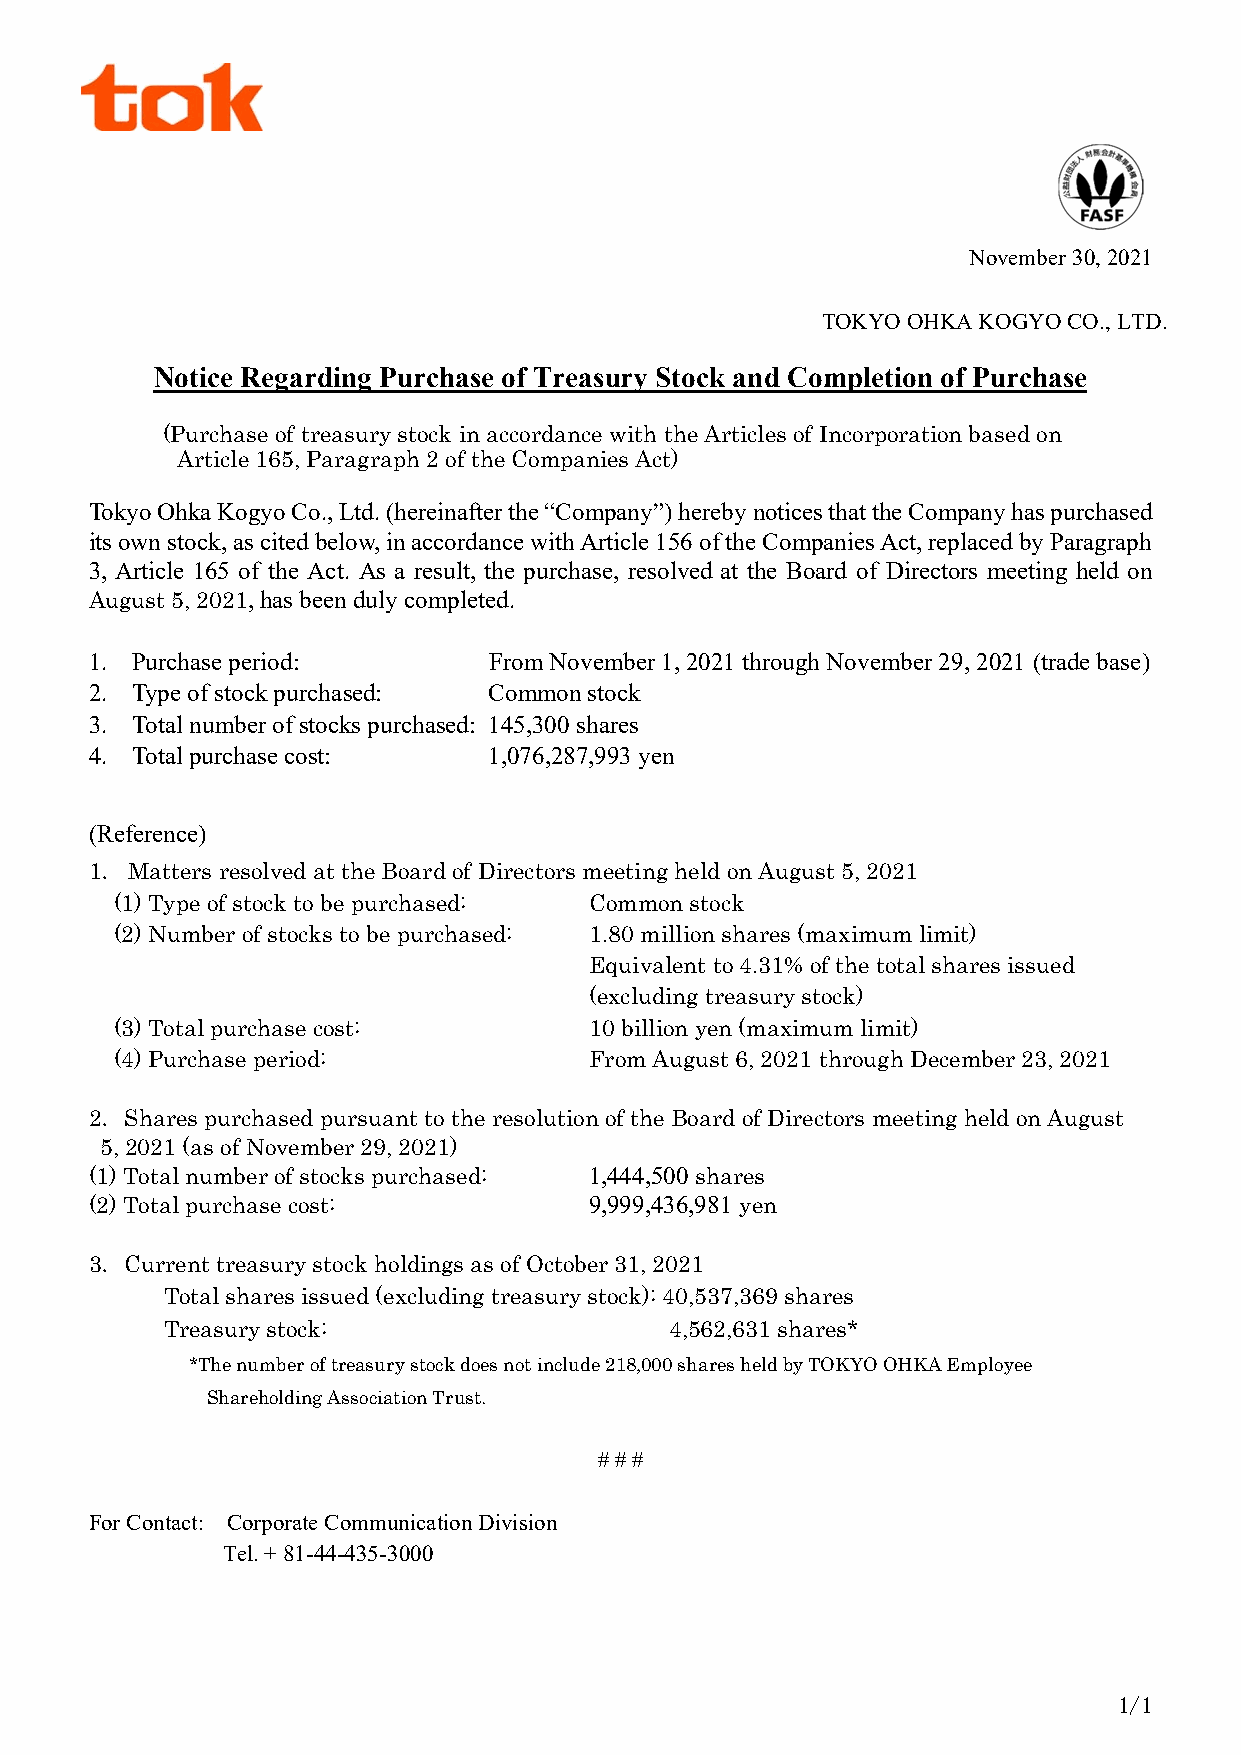
November 30, 2021
 TOKYO OHKA KOGYO CO., LTD.
 Notice Regarding Purchase of Treasury Stock and Completion of Purchase
 (Purchase of treasury stock in accordance with the Articles of Incorporation based on
 Article 165, Paragraph 2 of the Companies Act)
 Tokyo Ohka Kogyo Co., Ltd. (hereinafter the “Company”) hereby notices that the Company has purchased
 its own stock, as cited below, in accordance with Article 156 of the Companies Act, replaced by Paragraph
 3, Article 165 of the Act. As a result, the purchase, resolved at the Board of Directors meeting held on
 August 5, 2021, has been duly completed.
 1. Purchase period:       From November 1, 2021 through November 29, 2021 (trade base)
 2. Type of stock purchased: Common stock
 3. Total number of stocks purchased: 145,300 shares
 4. Total purchase cost:   1,076,287,993 yen
 (Reference)
 1． Matters resolved at the Board of Directors meeting held on August 5, 2021
 (1) Type of stock to be purchased: Common stock
 (2) Number of stocks to be purchased: 1.80 million shares (maximum limit)
 Equivalent to 4.31% of the total shares issued
 (excluding treasury stock)
 (3) Total purchase cost:       10 billion yen (maximum limit)
 (4) Purchase period:           From August 6, 2021 through December 23, 2021
 2．Shares purchased pursuant to the resolution of the Board of Directors meeting held on August
 5, 2021 (as of November 29, 2021)
 (1) Total number of stocks purchased: 1,444,500 shares
 (2) Total purchase cost:         9,999,436,981 yen
 3．Current treasury stock holdings as of October 31, 2021
 Total shares issued (excluding treasury stock): 40,537,369 shares
 Treasury stock:                  4,562,631 shares*
 *The number of treasury stock does not include 218,000 shares held by TOKYO OHKA Employee
 Shareholding Association Trust.
 # # #
 For Contact: Corporate Communication Division
 Tel. + 81-44-435-3000
 1/1